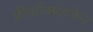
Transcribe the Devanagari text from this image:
फ्रीडरीक्सहाफेन